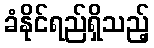
ခံနိုင်ရည်ရှိသည့်